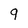
Character: 9